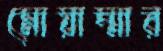
মোয়াম্মার